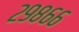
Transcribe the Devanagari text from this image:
२९८६६